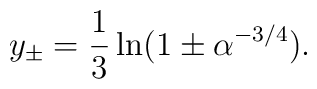
y_{\pm} = \frac{1}{3}\ln(1\pm\alpha^{-3/4}).